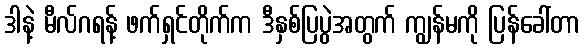
ဒါနဲ့ မီလ်ဂရန့် ဖက်ရှင်တိုက်က ဒီနှစ်ပြပွဲအတွက် ကျွန်မကို ပြန်ခေါ်တာ